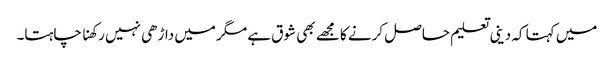
میں کہتا کہ دینی تعلیم حاصل کرنے کا مجھے بھی شوق ہے مگر میں داڑھی نہیں رکھنا چاہتا۔